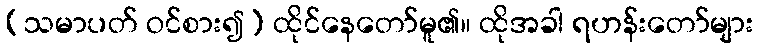
(သမာပတ် ဝင်စား၍) ထိုင်နေတော်မူ၏။ ထိုအခါ ရဟန်းတော်များ